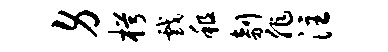
身枵戏租剞非注